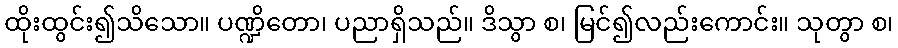
ထိုးထွင်း၍သိသော။ ပဏ္ဍိတော၊ ပညာရှိသည်။ ဒိသွာ စ၊ မြင်၍လည်းကောင်း။ သုတွာ စ၊